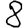
Digit: 8